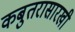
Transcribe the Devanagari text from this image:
कबुतरासारखी